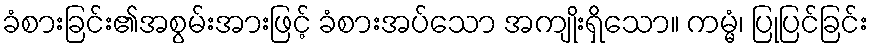
ခံစားခြင်း၏အစွမ်းအားဖြင့် ခံစားအပ်သော အကျိုးရှိသော။ ကမ္မံ၊ ပြုပြင်ခြင်း